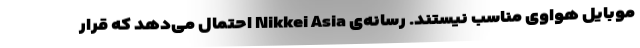
موبایل هواوی مناسب نیستند. رسانه‌ی Nikkei Asia احتمال می‌دهد که قرار